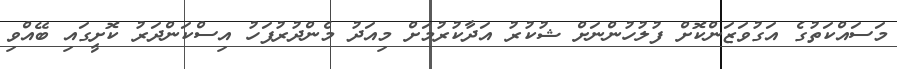
މަސައްކަތުގެ އަގުވަޒަންކޮށް ފުލުހުންނަށް ޝުކުރު އަދާކުރުމަށް މިއަދު މެންދުރުފަހު އިސްކަންދަރު ކޮށީގައި ބޭއްވި